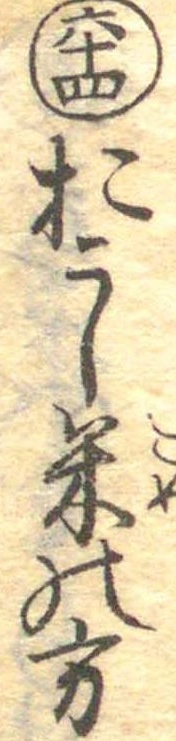
六十四おこし米の方